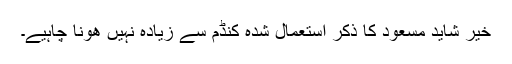
خیر شاید مسعود کا ذکر استعمال شدہ کنڈم سے زیادہ نہیں ھونا چاہیے۔